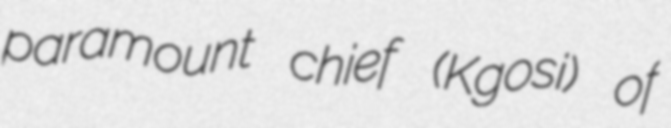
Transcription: paramount chief (Kgosi) of